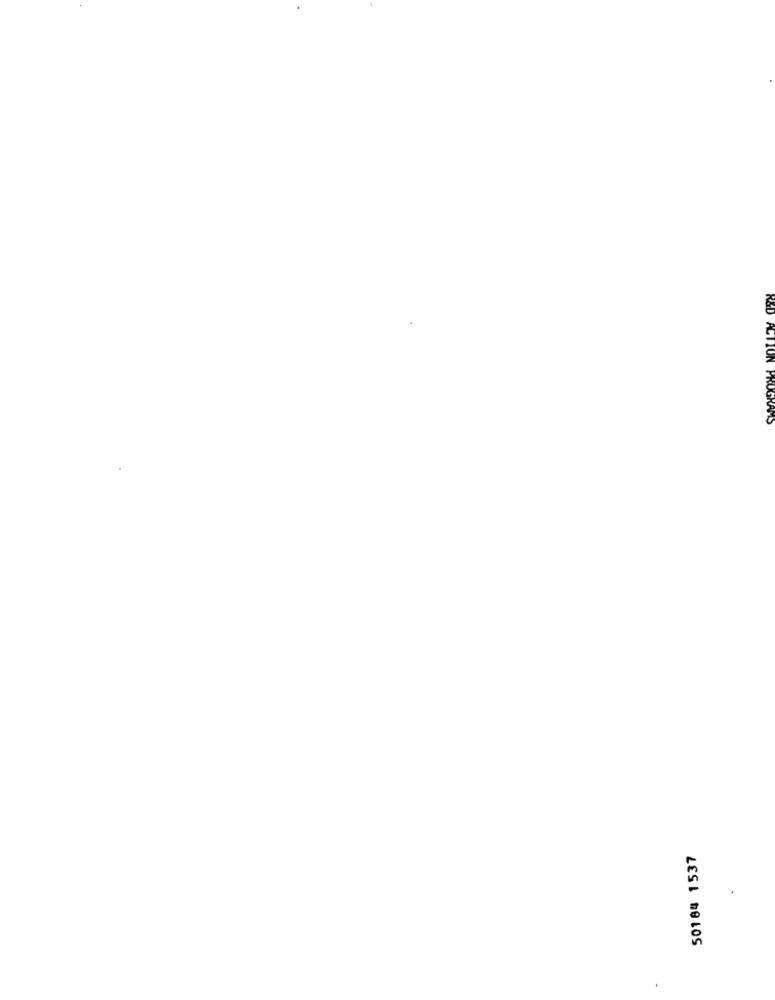
ON PROGRAMS
50184 1 537